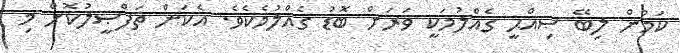
ކަމުން ލިބޭ ޞިއްޙީ ގެއްލުމަކީ ވަރަށް ބޮޑު ގެއްލުމެކެވެ. އެކަން ތަފްޞީލުކޮށް މި